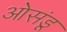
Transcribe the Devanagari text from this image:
ओसंडू